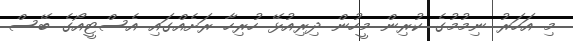
މި އަހަރު ނިމުމުގެ ކުރިން މީހުން ދިރިއުޅޭ ހުރިހާ ރަށެއްގައި އެސްޓީއޯގެ ބޭސް